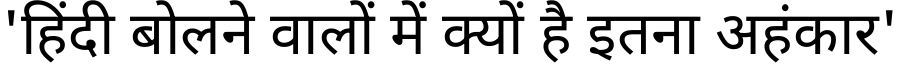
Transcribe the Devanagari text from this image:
'हिंदी बोलने वालों में क्यों है इतना अहंकार'